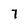
Character: 7